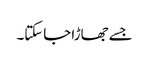
جسے جھاڑا جاسکتا۔